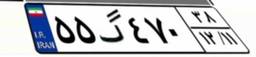
۵۷گ۸۵۷۴۱